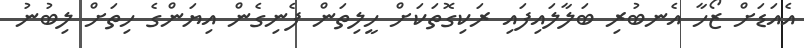
އެއަޑަށް ޒޯހާ އެނބުރި ބަލާލައިފައި ރަކިގޮތަކަށް ހީލިތަން ފެނިގެން އިޔަންގެ ހިތަށް ލިބުނު